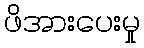
ဖိအားပေးမှု